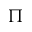
\Pi